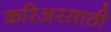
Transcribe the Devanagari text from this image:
करिअरसाठी